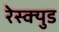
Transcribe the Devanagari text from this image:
रेस्क्युड